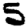
Digit: 5